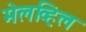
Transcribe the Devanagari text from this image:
मेलव्हिल